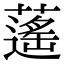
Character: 𦾾